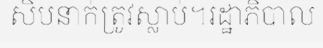
សិបនាក់ត្រូវស្លាប់។រដ្ឋាភិបាល